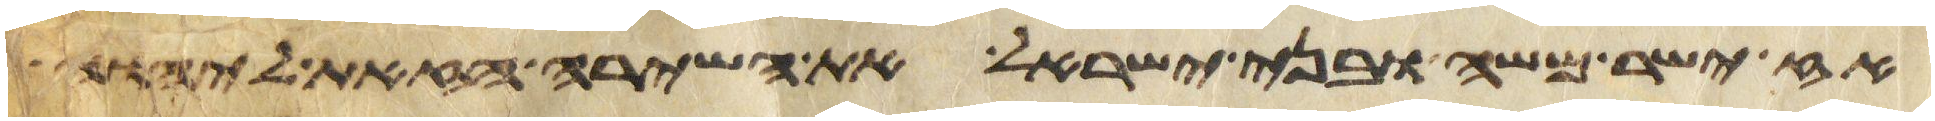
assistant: אז ישר משה ובני ישראל את השירה הזאת ליהוה